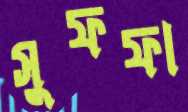
সুফফা